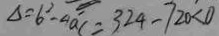
\Delta = 6 ^ { 2 } - 4 a c = 3 2 4 - 7 2 0 < 0